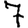
Digit: 7